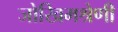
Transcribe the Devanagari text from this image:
जोखिमश्रेणी